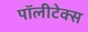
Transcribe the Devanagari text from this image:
पॉलीटेक्स